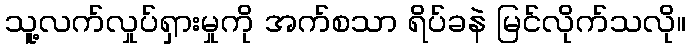
သူ့လက်လှုပ်ရှားမှုကို အက်စသာ ရိပ်ခနဲ မြင်လိုက်သလို။